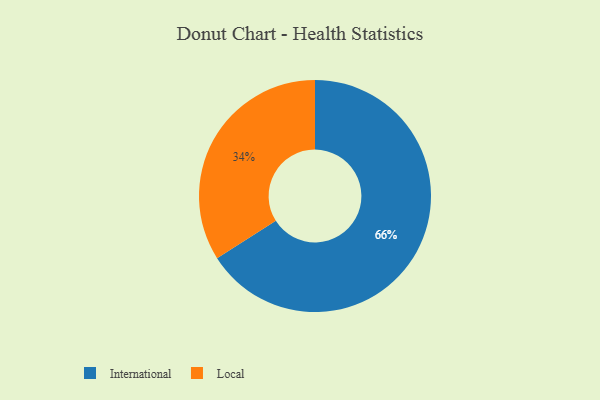
{"axis": {"x": "Category", "y": "Percentage"}, "legend": ["International", "Local"], "data": [{"x": "Local", "y": 34, "type": "Local"}, {"x": "International", "y": 66, "type": "International"}]}